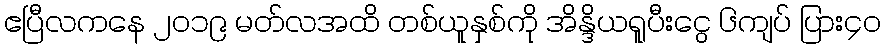
ဧပြီလကနေ ၂၀၁၉ မတ်လအထိ တစ်ယူနှစ်ကို အိန္ဒိယရူပီးငွေ ၆ကျပ် ပြား၄၀